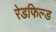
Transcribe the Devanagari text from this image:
रेडफिल्ड